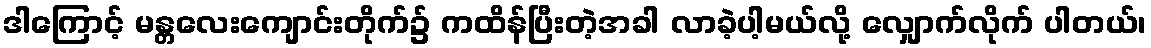
ဒါကြောင့် မန္တလေးကျောင်းတိုက်၌ ကထိန်ပြီးတဲ့အခါ လာခဲ့ပါ့မယ်လို့ လျှောက်လိုက် ပါတယ်၊